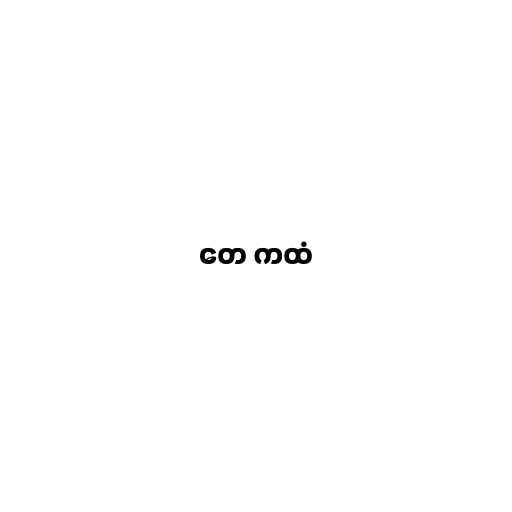
တေ ကထံ